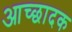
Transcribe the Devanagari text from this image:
आच्छादक